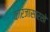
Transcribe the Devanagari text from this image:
कारंजासारखे